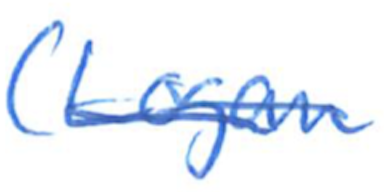
Text: (Logan
Cross-out: single-line
Writing tool: ballpoint